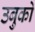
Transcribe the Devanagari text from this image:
उबुको